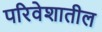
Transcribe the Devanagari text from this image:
परिवेशातील